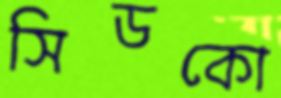
সিডকো